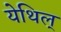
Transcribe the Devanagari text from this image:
येथिल्